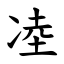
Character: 㓐